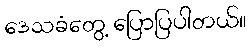
ဒေသခံတွေ့ ပြောပြပါတယ်။